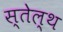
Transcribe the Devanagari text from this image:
स्तेल्थ